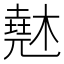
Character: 𰘨